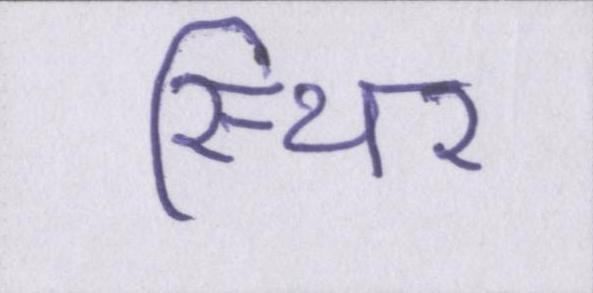
स्थिर